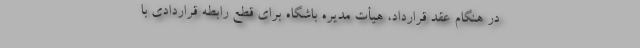
در هنگام عقد قرارداد، هیأت مدیره باشگاه برای قطع رابطه قراردادی با